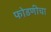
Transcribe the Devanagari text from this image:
फोडणीचा